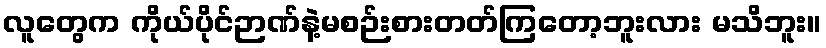
လူတွေက ကိုယ်ပိုင်ဉာဏ်နဲ့မစဉ်းစားတတ်ကြတော့ဘူးလား မသိဘူး။